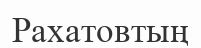
Рахатовтың